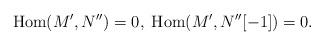
LaTeX: \begin{align*}{\rm Hom}(M',N'')=0,\;{\rm Hom}(M',N''[-1])=0.\end{align*}